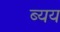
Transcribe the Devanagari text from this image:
ब्यय